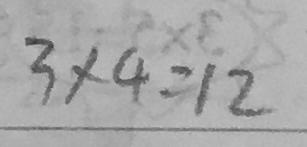
3 \times 4 = 1 2